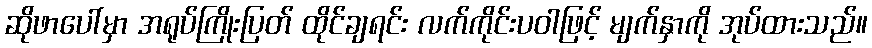
ဆိုဖာပေါ်မှာ အရုပ်ကြိုးပြတ် ထိုင်ချရင်း လက်ကိုင်းပဝါဖြင့် မျက်နှာကို အုပ်ထားသည်။